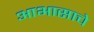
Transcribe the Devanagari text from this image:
आभासाचे